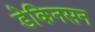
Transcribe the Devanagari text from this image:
डेकिनसन